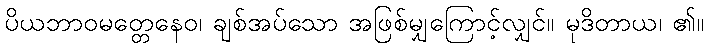
ပိယဘာဝမတ္တေနေဝ၊ ချစ်အပ်သော အဖြစ်မျှကြောင့်လျှင်။ မုဒိတာယ၊ ၏။